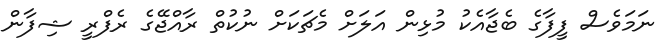
ނަމަވެސް ފީފާގެ ބެޖާއެކު މުޅިން އަލަށް މެޗަކަށް ނުކުތް ރާއްޖޭގެ ރެފްރީ ޝިފާން